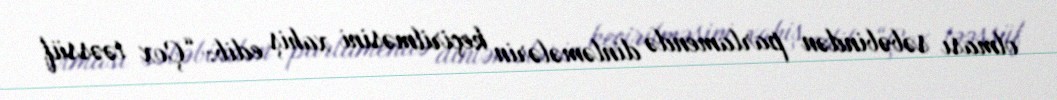
olması səbəbindən parlamendə dinləmələrin keçirilməsini xahiş edib: “Çox təəssüf